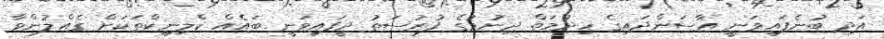
އަދި ބުނެފައިވަނީ އާސަންދައިގެ ހިދުމަތް ދިނުމުގެ ފުރުސަތު ދީފައިވަނީ ބައެއް ކްލިނިކްތަކަށް ގެއްލުންވާ